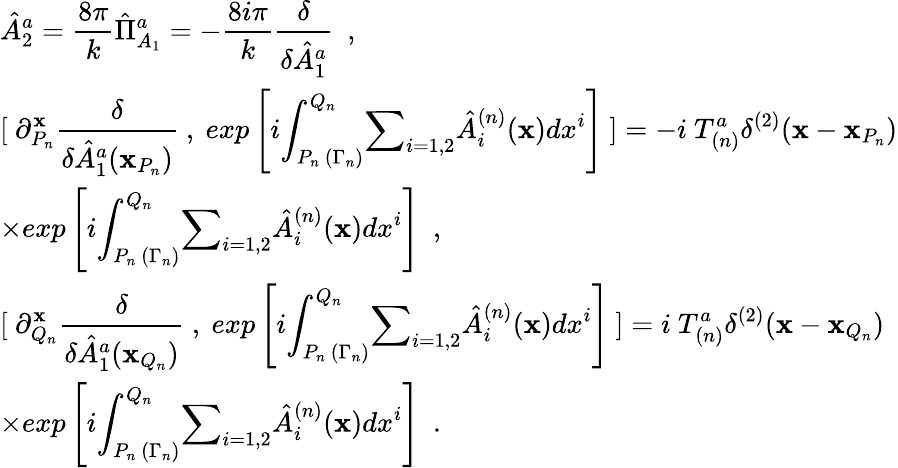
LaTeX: \begin{array}{l}{{\displaystyle\hat{A}_{2}^{a}=\frac{8\pi}{k}\hat{\Pi}_{A_{1}}^{a}=-\frac{8i\pi}{k}\frac{\delta}{{\delta}\hat{A}_{1}^{a}}~~,}}\\ {{\displaystyle[~{\partial}_{P_{n}}^{{\mathbf x}}\frac\delta{{\delta}\hat{A}_{1}^{a}({\mathbf x}_{P_{n}})}~,~exp\left[i{\int}_{P_{n}~({\Gamma}_{n})}^{Q_{n}}{\sum}_{i=1,2}\hat{A}_{i}^{(n)}({\mathbf x})dx^{i}\right]~]=-i~T_{(n)}^{a}{\delta}^{(2)}({\mathbf x}-{\mathbf x}_{P_{n}})}}\\ {{{\times}\displaystyle exp\left[i{\int}_{P_{n}~({\Gamma}_{n})}^{Q_{n}}{\sum}_{i=1,2}\hat{A}_{i}^{(n)}({\mathbf x})dx^{i}\right]~~,}}\\ {{\displaystyle[~{\partial}_{Q_{n}}^{{\mathbf x}}\frac\delta{{\delta}\hat{A}_{1}^{a}({\mathbf x}_{Q_{n}})}~,~exp\left[i{\int}_{P_{n}~({\Gamma}_{n})}^{Q_{n}}{\sum}_{i=1,2}\hat{A}_{i}^{(n)}({\mathbf x})dx^{i}\right]~]=i~T_{(n)}^{a}{\delta}^{(2)}({\mathbf x}-{\mathbf x}_{Q_{n}})}}\\ {{\displaystyle{\times}exp\left[i{\int}_{P_{n}~({\Gamma}_{n})}^{Q_{n}}{\sum}_{i=1,2}\hat{A}_{i}^{(n)}({\mathbf x})dx^{i}\right]~~.}}\end{array}